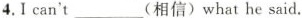
4.I can't___(相信)what he said.